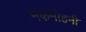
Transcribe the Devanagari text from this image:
मेकमोहनी